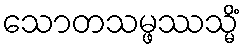
သောတသမ္ဖဿသ္မိံ